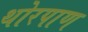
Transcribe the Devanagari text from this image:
थोरपाण